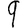
Digit: 9